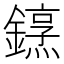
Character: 𨬤